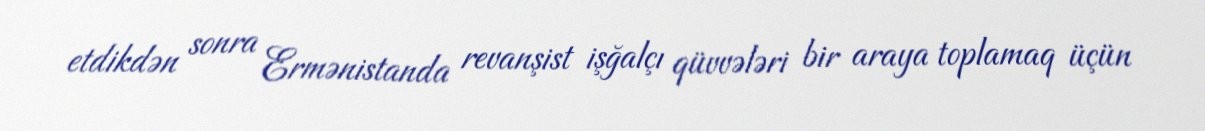
etdikdən sonra Ermənistanda revanşist işğalçı qüvvələri bir araya toplamaq üçün